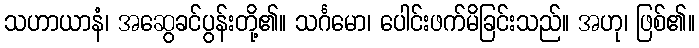
သဟာယာနံ၊ အဆွေခင်ပွန်းတို့၏။ သင်္ဂမော၊ ပေါင်းဖက်မိခြင်းသည်။ အဟု၊ ဖြစ်၏။